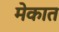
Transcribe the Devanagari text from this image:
मेकात